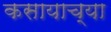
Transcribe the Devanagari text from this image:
कसायाच्या